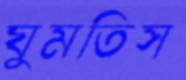
ঘুমতিস